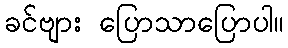
ခင်ဗျား ပြောသာပြောပါ။